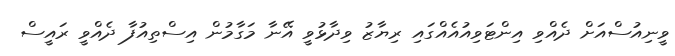
ވީނިއުސްއަށް ދެއްވި އިންޓަވިއުއެއްގައި ރިޔާޒު ވިދާޅުވީ އޭނާ މަގާމުން އިސްތިއުފާ ދެއްވީ ރައީސް